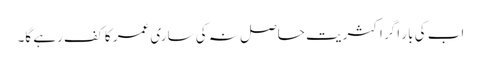
اب کی بار اگر اکثریت حاصل نہ کی ساری عمر کا کف رہے گا۔